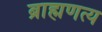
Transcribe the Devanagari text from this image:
ब्राह्मणत्य